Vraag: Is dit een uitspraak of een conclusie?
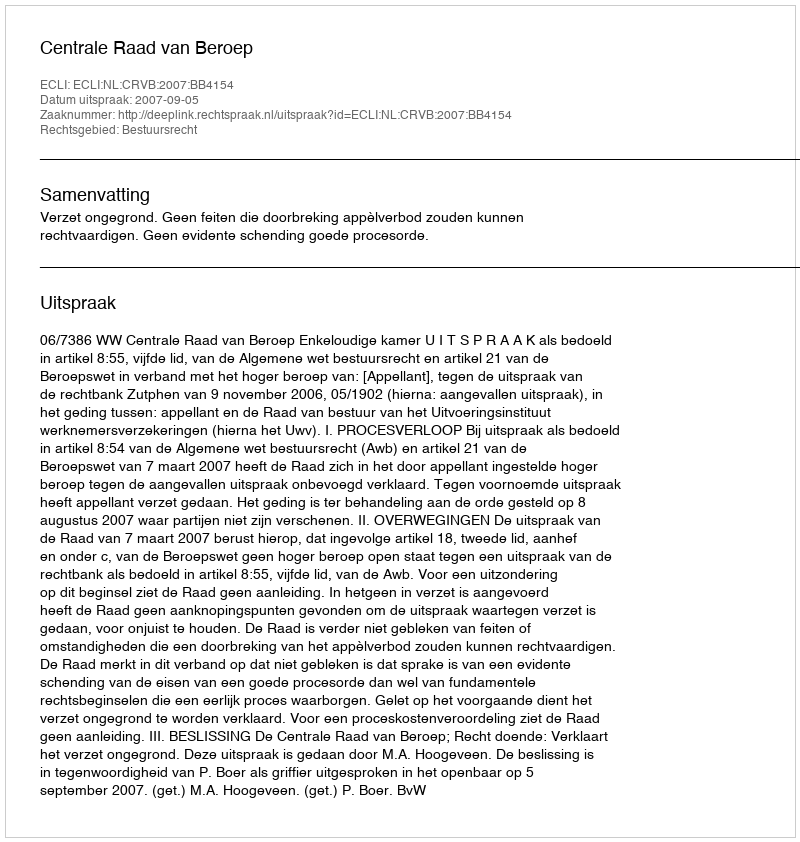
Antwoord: Uitspraak